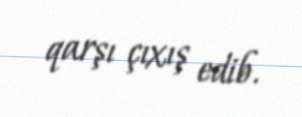
qarşı çıxış edib.